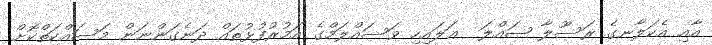
އާއި އެކަލާނގެ ރަސޫލާ ޞައްލަ  ޢަލައިހި ވަސައްލަމްގެ އަމުރުފުޅުތައް ދަނެގަންނަން މަސައްކަތްކޮށް